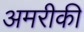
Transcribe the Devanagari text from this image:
अमरीकी